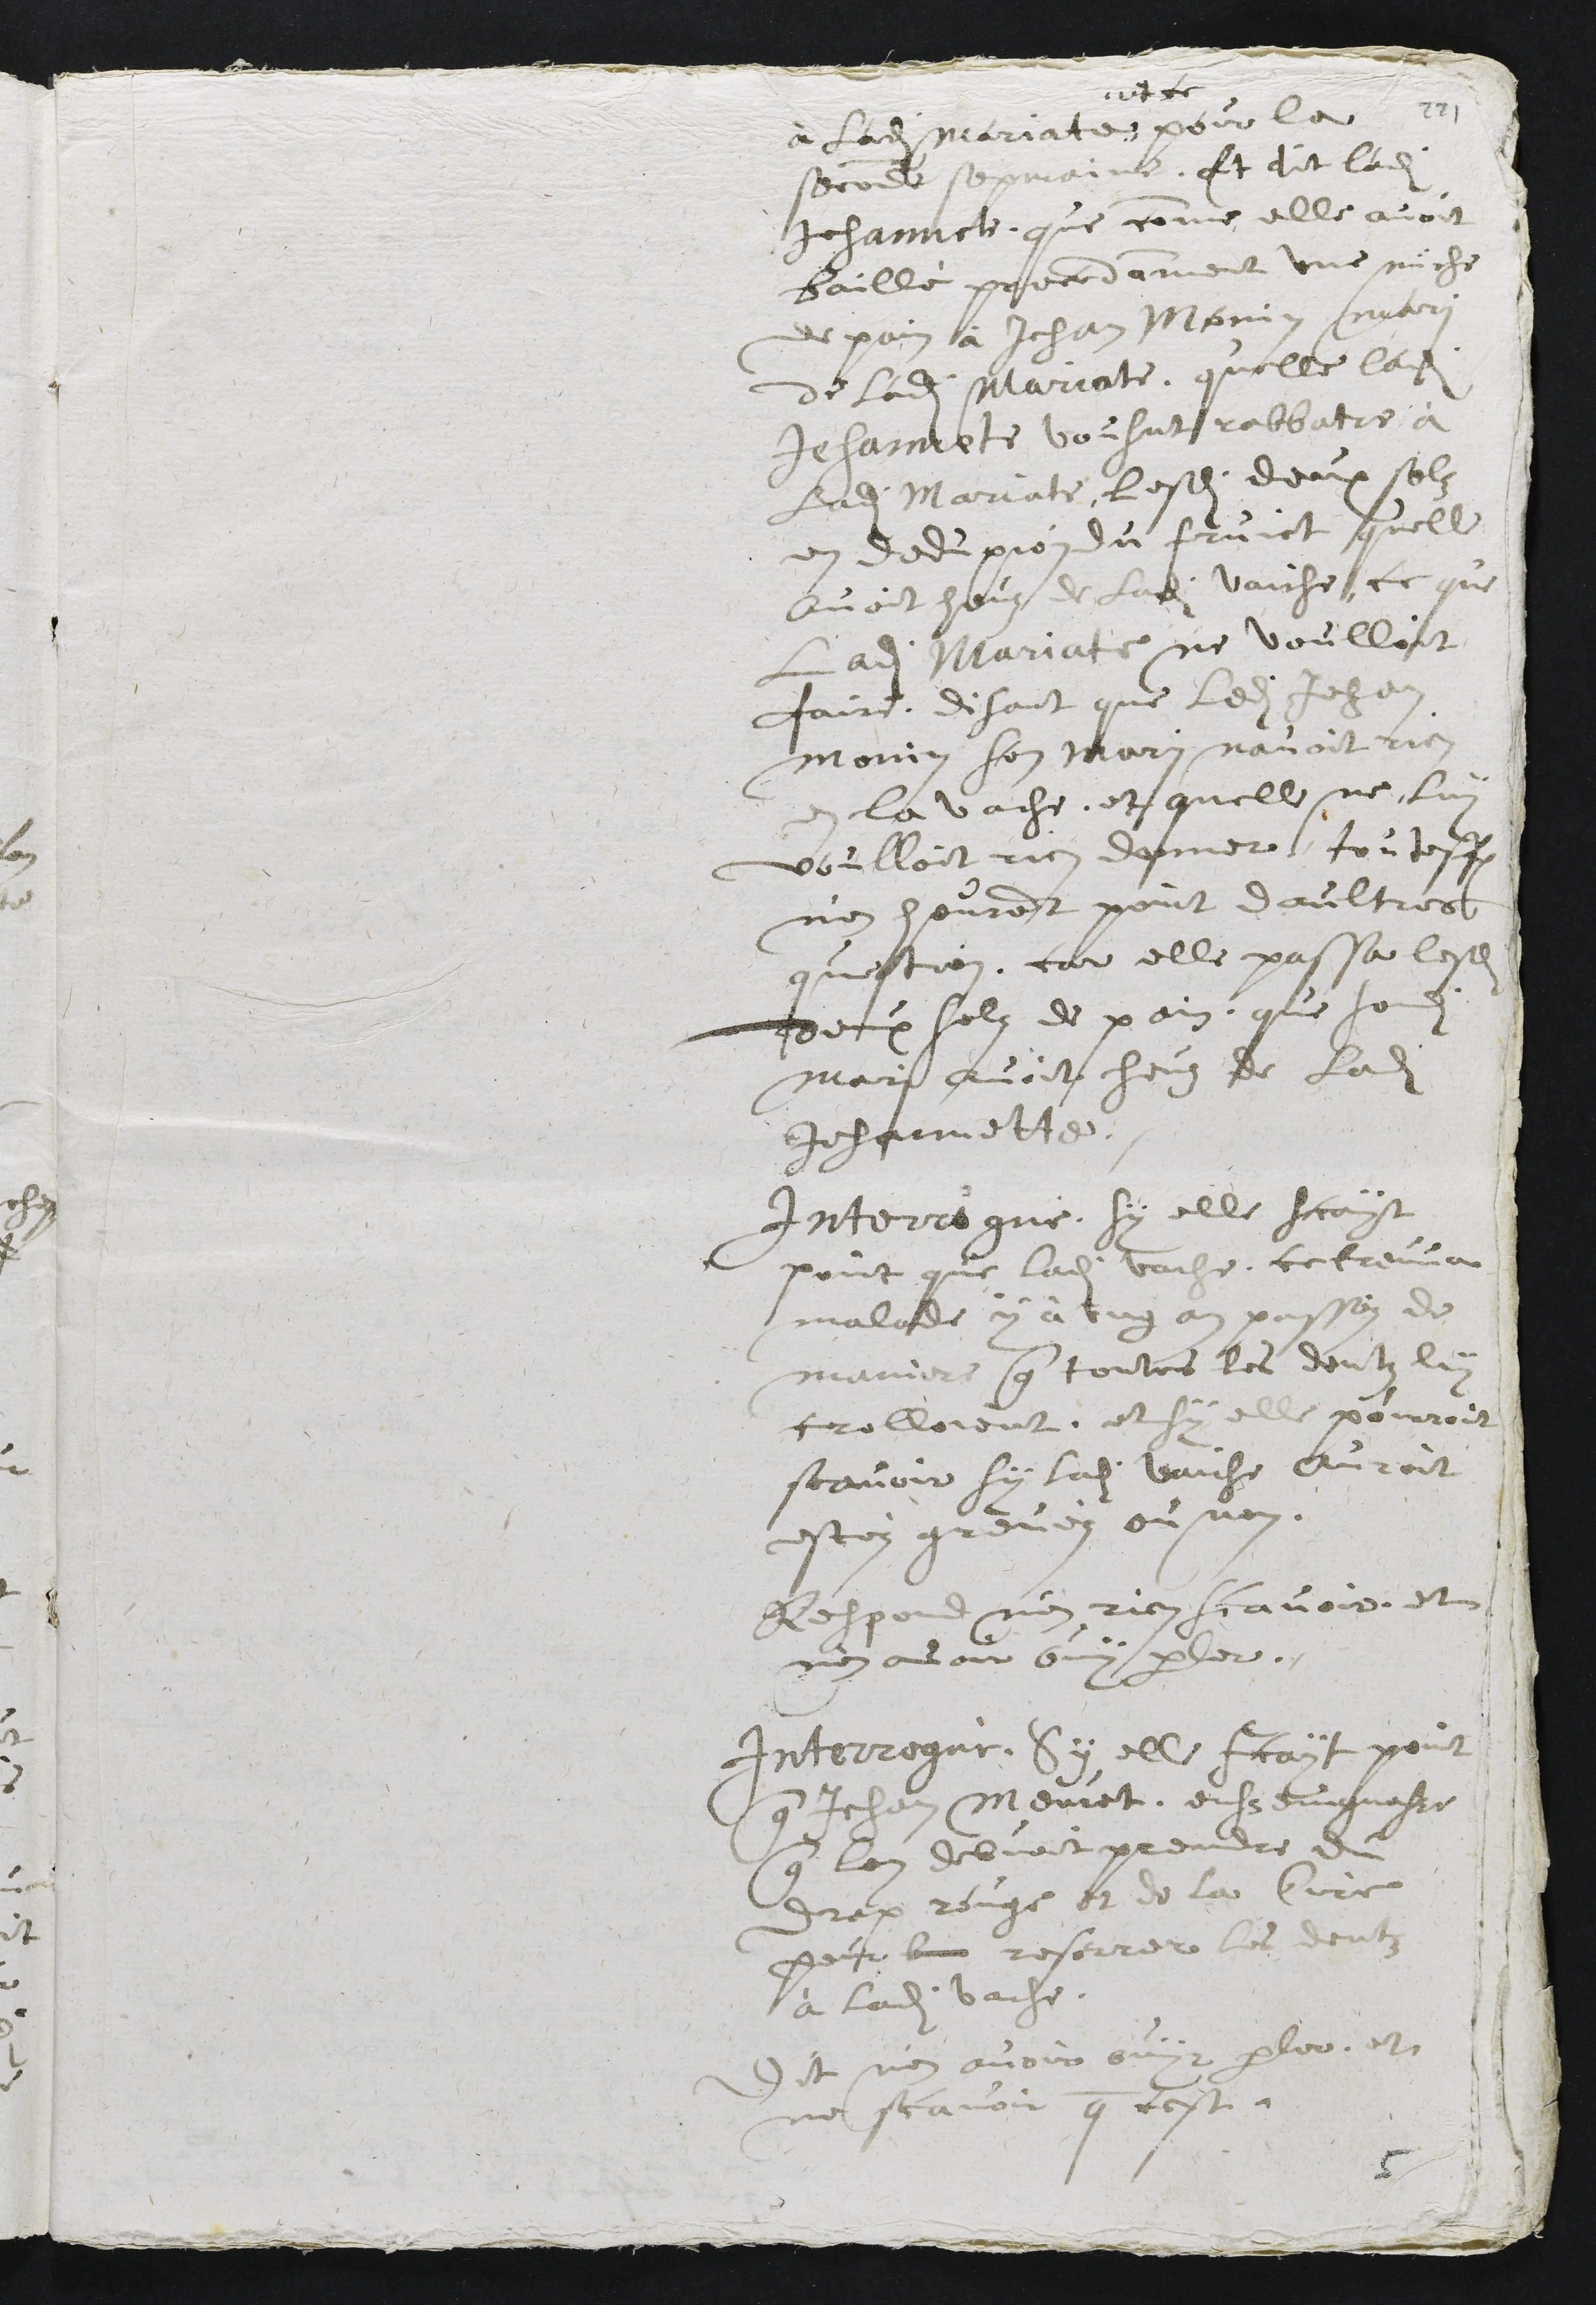
à ladite Mariate,
, ad ce
pour la
seconde sepmaine, Et dit ladite
Jehannete, que comme elle avoit
baillé precedamment une miche
de pain à Jehan Monin mari
de ladite Mariate, quelle ladite
Jehannete voulut rebattre à
ladite Mariate lesdits deux solz
en deduxion du fruict quelle
avoit heuz de ladite vaiche, ce que
ladite Mariate ne voulloit
faire, disant que ledit Jehan
Monin son mari n'avoit rien
en la vache, et quelle ne luy
voulloit rien donner. Touteffois
n'en heurent point daultres
question, car elle passa lesdits
deux solz de pain que sondit
mari avoit heuz de ladite
Jehannette.
Interrogué, Sy elle scayt
point que laite vache ce treuva
malade y à ung an passéz de
maniere que toutes les dentz luy
crolloient, et sy elle pourroit
scavoir sy ladite vaiche auroit
estéz grevéz ou non.
Respond n'en rien scavoir et
n'en avoir ouy parler.
Interrogué, Sy elle scayt point
que Jehan Meuret, enseingnasse
que lon debvoit prendre du
drap rouge et de la Cire
pour les reserrer les dentz
à ladite vache.
Dit n'en avoir ouyr parler, et
ne scavoir que cest.